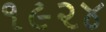
૧૯૨૪